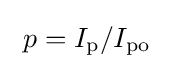
~p=I_{\rm {p}}/I_{\rm {po}}~